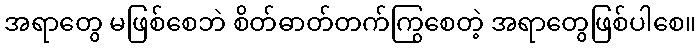
အရာတွေ မဖြစ်စေဘဲ စိတ်ဓာတ်တက်ကြွစေတဲ့ အရာတွေဖြစ်ပါစေ။